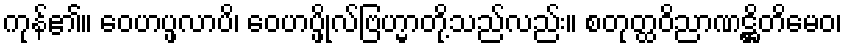
ကုန်၏။ ဝေဟပ္ဖလာပိ၊ ဝေဟပ္ဖိုလ်ဗြဟ္မာတို့သည်လည်း။ စတုတ္ထဝိညာဏဋ္ဌိတိမေဝ၊